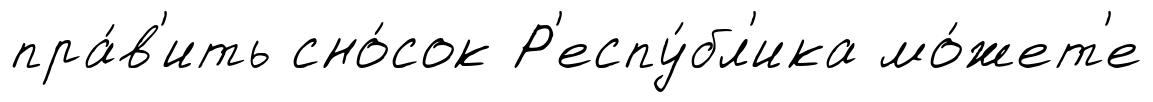
пра́в'ить сно́сок Р'еспу́бл'ика мо́жет'е